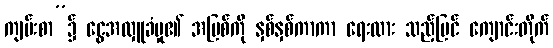
ကျမ်းစာ”၌ ငွေအလှူခံမှု၏ အပြစ်ကို နှစ်နှစ်ကာကာ ရေးထား သည့်ပြင် ကျောင်းတိုက်